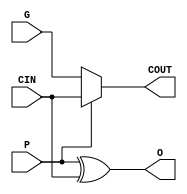
`timescale 1ns/1ps
`celldefine
//
// CARRY simulation model
// FLE carry logic
//
// Copyright (c) 2023 Rapid Silicon, Inc.  All rights reserved.
//

module CARRY (
  input P, // Partial data input
  input G, // Partial data input
  input CIN, // Carry in
  output O, // Data output
  output COUT // Carry out
);

  assign {COUT, O} = {P ? CIN : G, P ^ CIN};
endmodule
`endcelldefine